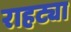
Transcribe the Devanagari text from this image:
राहट्या